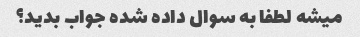
میشه لطفا به سوال داده شده جواب بدید؟